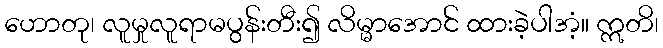
ဟောတု၊ လူမှုလူရာမပွန်းတီး၍ လိမ္မာအောင် ထားခဲ့ပါအံ့။ ဣတိ၊